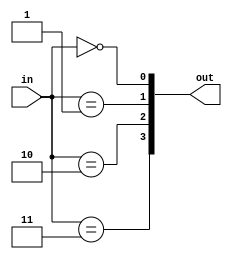
module dec_2to4 (
    input  wire [1:0] in,
    output wire [3:0] out
);

    assign out[0] = in == 2'b00;
    assign out[1] = in == 2'b01;
    assign out[2] = in == 2'b10;
    assign out[3] = in == 2'b11;

endmodule